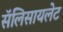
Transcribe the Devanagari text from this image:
सॅलिसायलेट